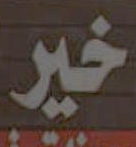
خير